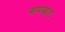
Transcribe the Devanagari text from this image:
समव्हाट